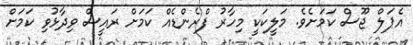
އެޕަލް ޖޫސް ކަމަށެވެ. މަލީކަކީ މިހާރު ފްރެންޑެއް ކަމަށް ރައީސް ވިދާޅުވި ކަމަށް